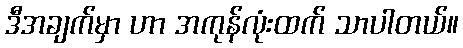
ဒီအချက်မှာ ဟာ အကုန်လုံးထက် သာပါတယ်။